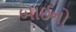
બાઈનો